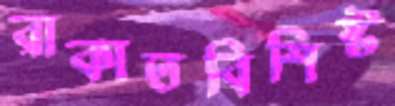
রাকাতবিশিষ্ট